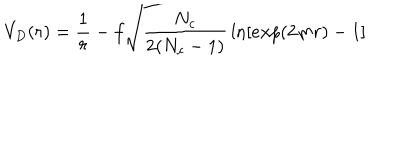
LaTeX: V _ { D } ( r ) = { \frac { 1 } { r } } - f \sqrt { \frac { N _ { c } } { 2 ( N _ { c } - 1 ) } } \ln [ e x p ( 2 m r ) - 1 ] \qquad